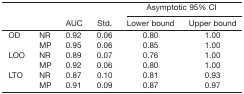
<table><thead><tr><td></td><td></td><td></td><td></td><td colspan="2"><b>Asymptotic 95% CI</b></td></tr><tr><td></td><td></td><td><b>AUC</b></td><td><b>Std.</b></td><td><b>Lower bound</b></td><td><b>Upper bound</b></td></tr></thead><tbody><tr><td rowspan="2">OD</td><td>NR</td><td>0.92</td><td>0.06</td><td>0.80</td><td>1.00</td></tr><tr><td>MP</td><td>0.95</td><td>0.06</td><td>0.85</td><td>1.00</td></tr><tr><td rowspan="2">LOO</td><td>NR</td><td>0.89</td><td>0.07</td><td>0.76</td><td>1.00</td></tr><tr><td>MP</td><td>0.92</td><td>0.06</td><td>0.80</td><td>1.00</td></tr><tr><td rowspan="2">LTO</td><td>NR</td><td>0.87</td><td>0.10</td><td>0.81</td><td>0.93</td></tr><tr><td>MP</td><td>0.91</td><td>0.09</td><td>0.87</td><td>0.97</td></tr></tbody></table>